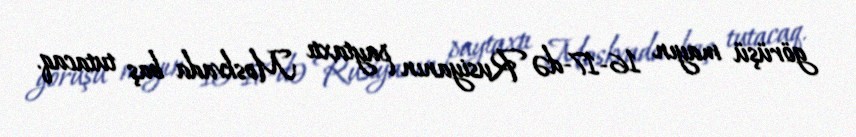
görüşü mayın 16-17-də Rusiyanın paytaxtı Moskvada baş tutacaq.